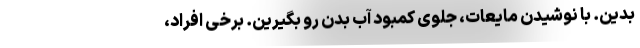
بدین. با نوشیدن مایعات، جلوی کمبود آب بدن رو بگیرین. برخی افراد،